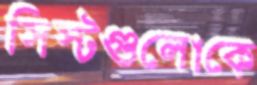
সিস্টগুলোকে